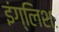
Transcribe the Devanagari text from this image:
इंग्लिशः